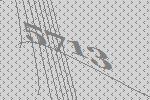
5713